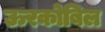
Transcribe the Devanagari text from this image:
ऊरकोबिल